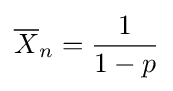
{\overline {X}}_{n}={\frac {1}{1-p}}